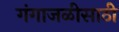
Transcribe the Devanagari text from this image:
गंगाजळीसाठी